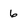
Character: 6